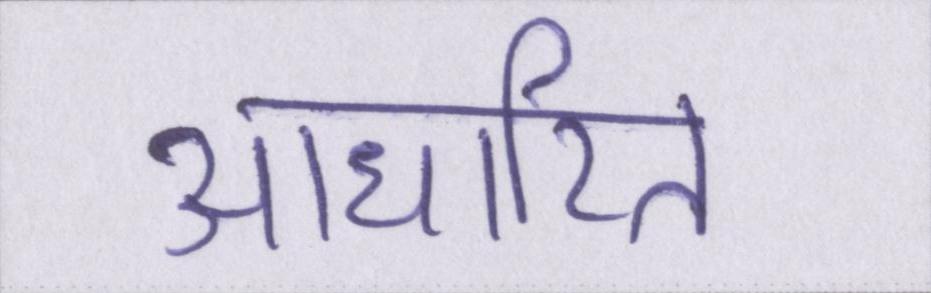
आधारित